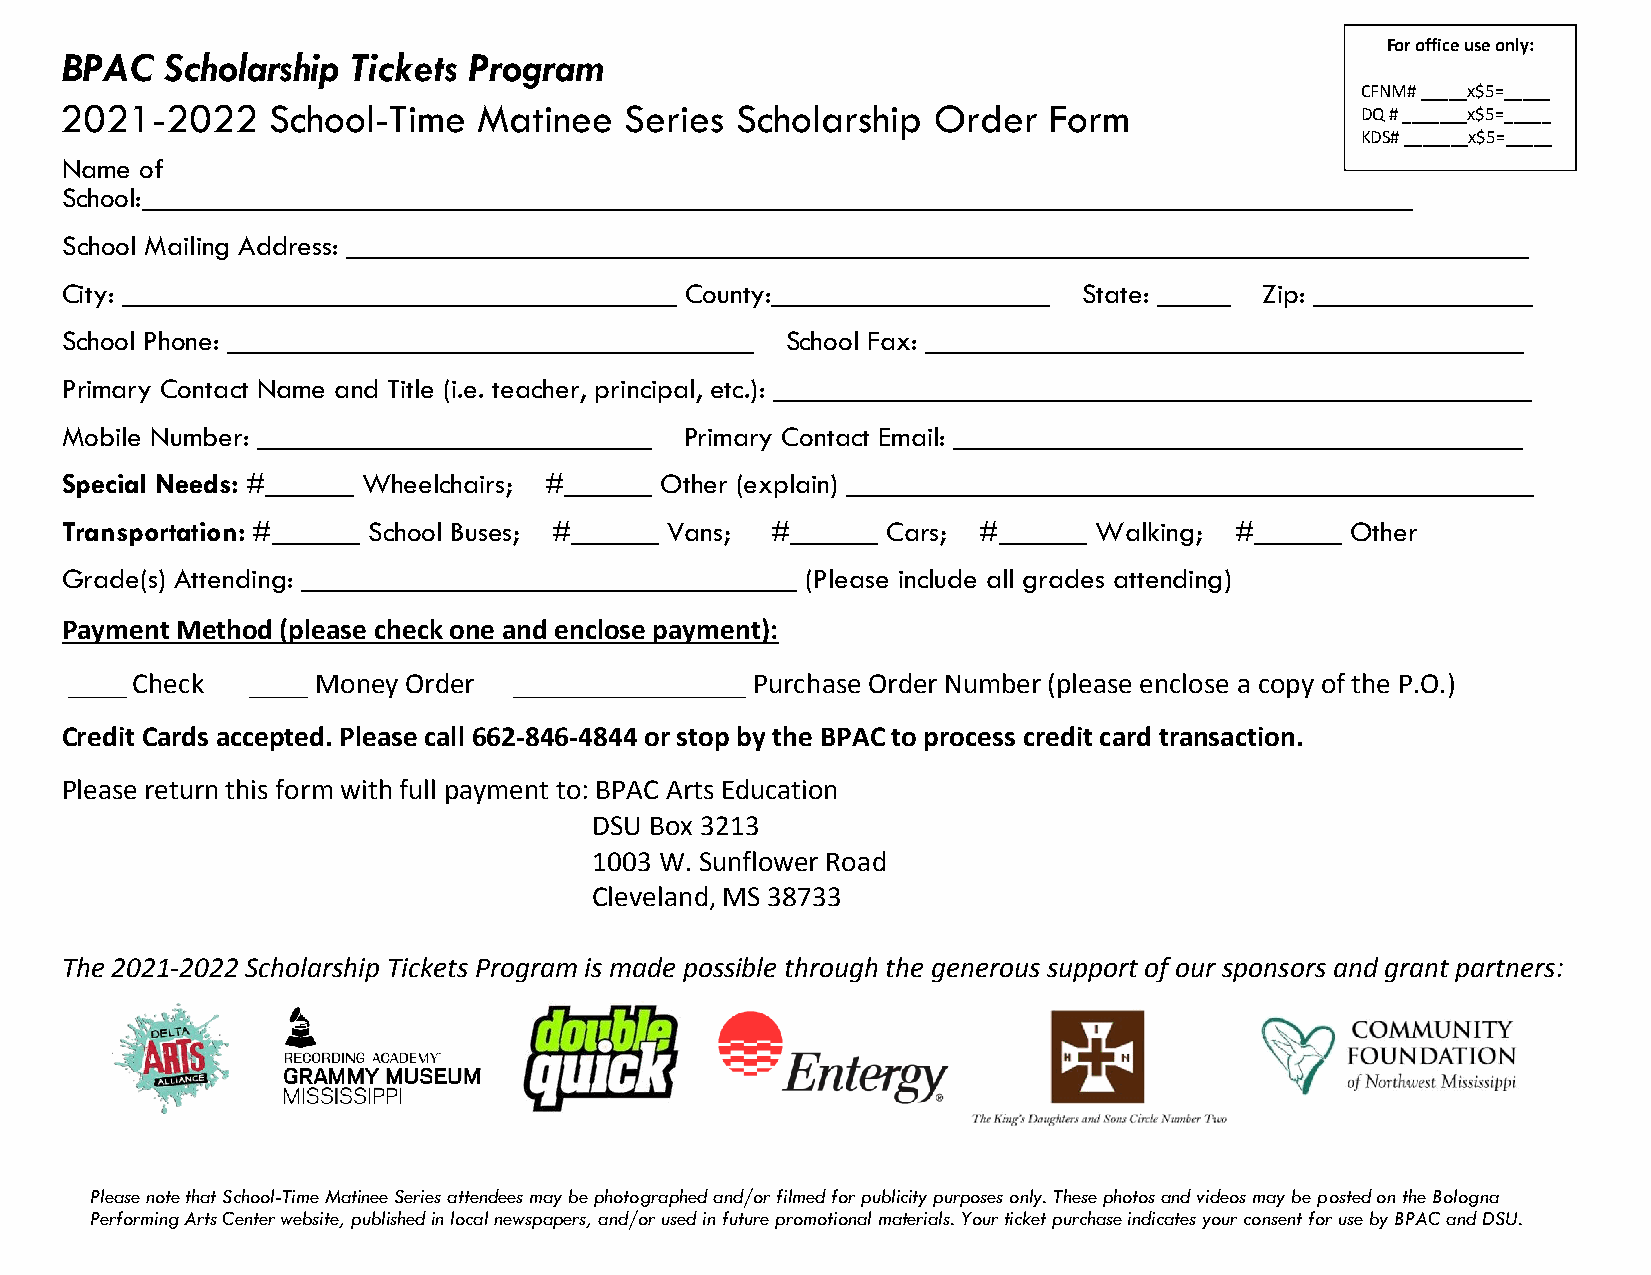
For office use only:
 BPAC   Scholarship Tickets Program
 CFNM# _____x$5=_____
 2021-  2022   School-Time   Matinee  Series  Scholarship  Order  Form
 DQ # _______x$5=_____
 KDS# _______x$5=_____
 Name of
 School:_______________________________________________________________________________________
 School Mailing Address: _________________________________________________________________________________
 City: ______________________________________ County:___________________ State: _____ Zip: _______________
 School Phone: ____________________________________ School Fax: _________________________________________
 Primary Contact Name and Title (i.e. teacher, principal, etc.): ____________________________________________________
 Mobile Number: ___________________________ Primary Contact Email: _______________________________________
 Special Needs: #______ Wheelchairs; #______ Other (explain) _______________________________________________
 Transportation: #______ School Buses; #______ Vans; #______ Cars; #______ Walking; #______ Other
 Grade(s) Attending: __________________________________ (Please include all grades attending)
 Payment Method (please check one and enclose payment):
 ____ Check  ____ Money Order ________________ Purchase Order Number (please enclose a copy of the P.O.)
 Credit Cards accepted. Please call 662-846-4844 or stop by the BPAC to process credit card transaction.
 Please return this form with full payment to: BPAC Arts Education
 DSU Box 3213
 1003 W. Sunflower Road
 Cleveland, MS 38733
 The 2021-2022 Scholarship Tickets Program is made possible through the generous support of our sponsors and grant partners:
 Please note that School-Time Matinee Series attendees may be photographed and/or filmed for publicity purposes only. These photos and videos may be posted on the Bologna
 Performing Arts Center website, published in local newspapers, and/or used in future promotional materials. Your ticket purchase indicates your consent for use by BPAC and DSU.